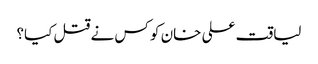
لیاقت علی خان کو کس نے قتل کیا؟